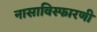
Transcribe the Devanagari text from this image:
नासाविस्फारणी